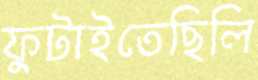
ফুটাইতেছিলি